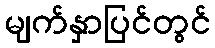
မျက်နှာပြင်တွင်